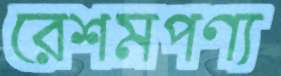
রেশমপণ্য